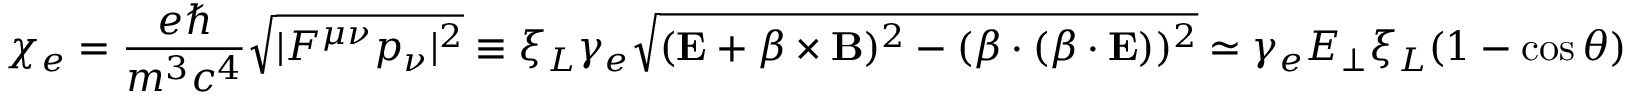
\chi _ { e } = \frac { e \hbar } { m ^ { 3 } c ^ { 4 } } \sqrt { | F ^ { \mu \nu } p _ { \nu } | ^ { 2 } } \equiv \xi _ { L } \gamma _ { e } \sqrt { ( \mathbf { E } + \boldsymbol { \beta } \times \mathbf { B } ) ^ { 2 } - ( \boldsymbol { \beta } \cdot ( \boldsymbol { \beta } \cdot \mathbf { E } ) ) ^ { 2 } } \simeq \gamma _ { e } E _ { \perp } \xi _ { L } ( 1 - \cos \theta )